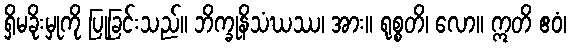
ရှိမခိုးမှုကို ပြုခြင်းသည်။ ဘိက္ခုနိသံဃဿ၊ အား။ ရုစ္စတိ၊ လော။ ဣတိ ဧဝံ၊